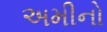
અમીનો